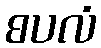
စပလံ